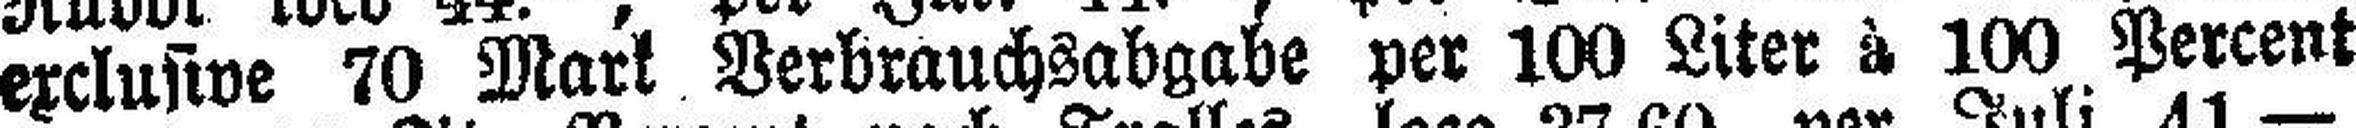
exclusive 70 Mark Verbrauchsabgabe per 100 Liter à 100 Percent